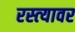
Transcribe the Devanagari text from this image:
रस्‍त्‍यावर